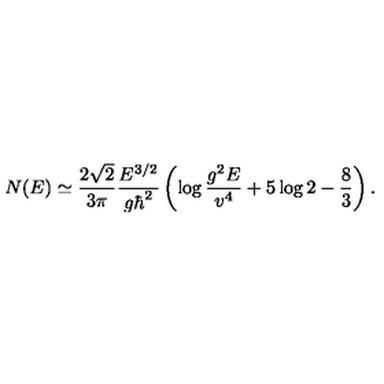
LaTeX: N ( E ) \simeq { \frac { 2 \sqrt { 2 } } { 3 \pi } } { \frac { E ^ { 3 / 2 } } { g \hbar ^ { 2 } } } \left( \log { \frac { g ^ { 2 } E } { v ^ { 4 } } } + 5 \log 2 - { \frac { 8 } { 3 } } \right) .